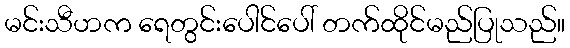
မင်းသီဟက ရေတွင်းပေါင်ပေါ် တက်ထိုင်မည်ပြုသည်။